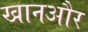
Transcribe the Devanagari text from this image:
खानऔर